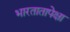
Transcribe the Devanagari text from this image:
भारतातापेक्षा